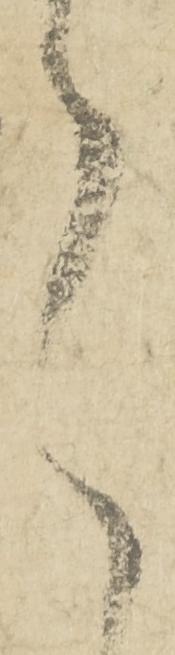
言